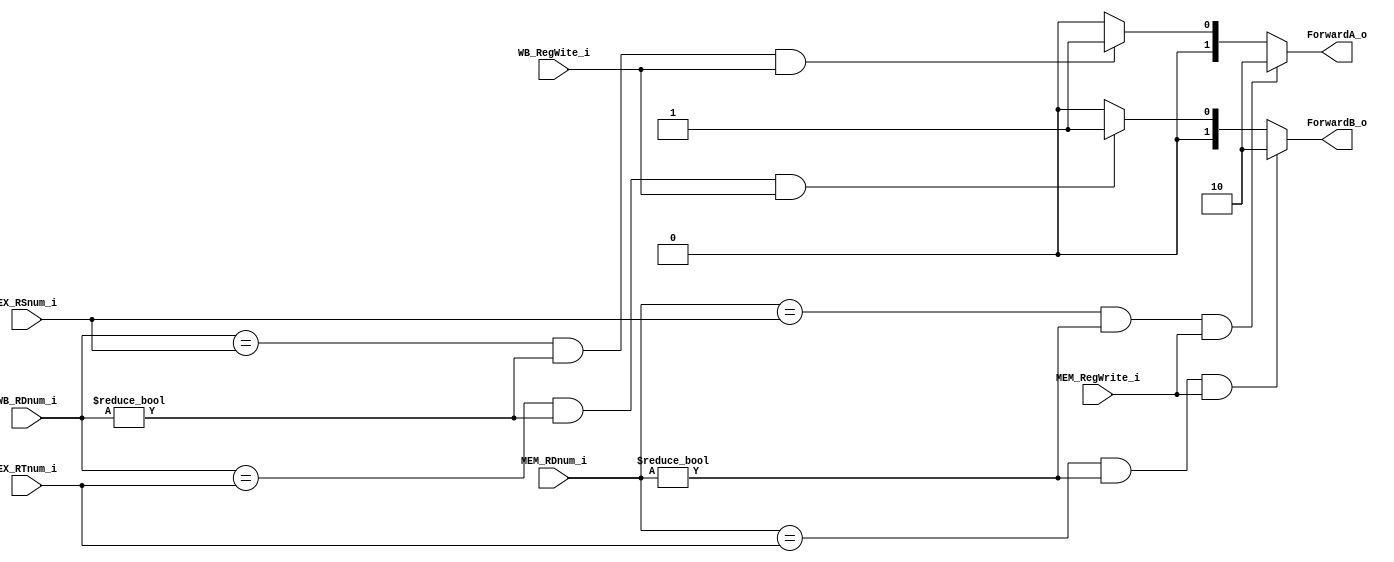
module Forwarding(EX_RSnum_i, EX_RTnum_i, MEM_RDnum_i, WB_RDnum_i, MEM_RegWrite_i, WB_RegWite_i, ForwardA_o, ForwardB_o);

//I/O ports 
input [5-1:0] EX_RSnum_i;
input [5-1:0] EX_RTnum_i;
input [5-1:0] MEM_RDnum_i;
input [5-1:0] WB_RDnum_i;
input MEM_RegWrite_i;
input WB_RegWite_i;

output [2-1:0] ForwardA_o;
output [2-1:0] ForwardB_o;
//Internal Signals
reg [2-1:0] ForwardA;
reg [2-1:0] ForwardB;
assign ForwardA_o = ForwardA;
assign ForwardB_o = ForwardB;
//Main function
/*your code here*/
always@(*)
begin
	if(MEM_RDnum_i == EX_RSnum_i && MEM_RDnum_i != 0 && MEM_RegWrite_i == 1)
	begin
		ForwardA = 2'b10;
	end
	else if (WB_RDnum_i == EX_RSnum_i && WB_RDnum_i != 0 && WB_RegWite_i == 1)
	begin
		ForwardA = 2'b01;
	end
	else
	begin
		ForwardA = 2'b00;
	end
		
	if(MEM_RDnum_i == EX_RTnum_i && MEM_RDnum_i != 0 && MEM_RegWrite_i == 1)
	begin
		ForwardB = 2'b10;
	end
	else if (WB_RDnum_i == EX_RTnum_i && WB_RDnum_i != 0 && WB_RegWite_i == 1)
	begin
		ForwardB = 2'b01;
	end
	else
	begin
		ForwardB = 2'b00;
	end
end
endmodule